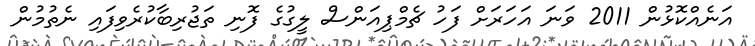
އަނެއްކޮޅުން 2011 ވަނަ އަހަރަށް ފަހު ޗެމްޕިއަންސް ލީގުގެ ފޮނި ތަޖުރިބާކުރެވިފައި ނެތުމުން